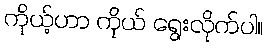
ကိုယ့်ဟာ ကိုယ် ရွေးလိုက်ပါ။